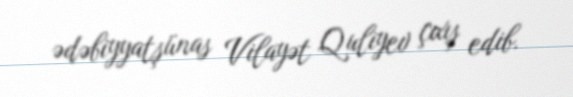
ədəbiyyatşünas Vilayət Quliyev çıxış edib.